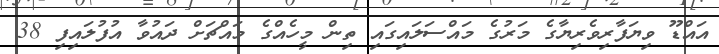
އައްޑޫ ވިޔަފާރިވެރިޔާގެ މަރުގެ މައްސަލައިގައި ތިން މީހެއްގެ މައްޗަށް ދައުވާ އުފުލައިފި 38